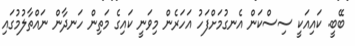
ބޭބީ. ކައިއަކީ ސިސްކަން އެނގުމަށްފަހު އަހަރެން މިވަނީ ކައިގެ މަތިން ހަނދާން ނައްތާލުމުގައި